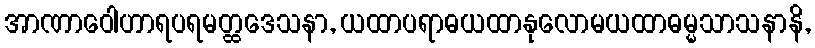
အာဏာဝေါဟာရပရမတ္ထဒေသနာ, ယထာပရာဓယထာနုလောမယထာဓမ္မသာသနာနိ,